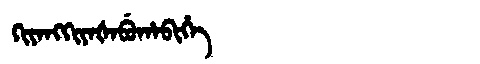
Manchu: ᡴᡳᠶᠠᠩᡴᡳᠶᠠᡧᠠᠪᡠᡥᠠᠪᡳᡥᡝ
Romanization: KIYANGKIYAŠABUHABIHE